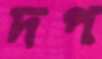
দপ